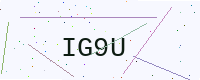
Text: IG9U